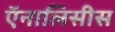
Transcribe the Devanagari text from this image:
ऍनालिसीस